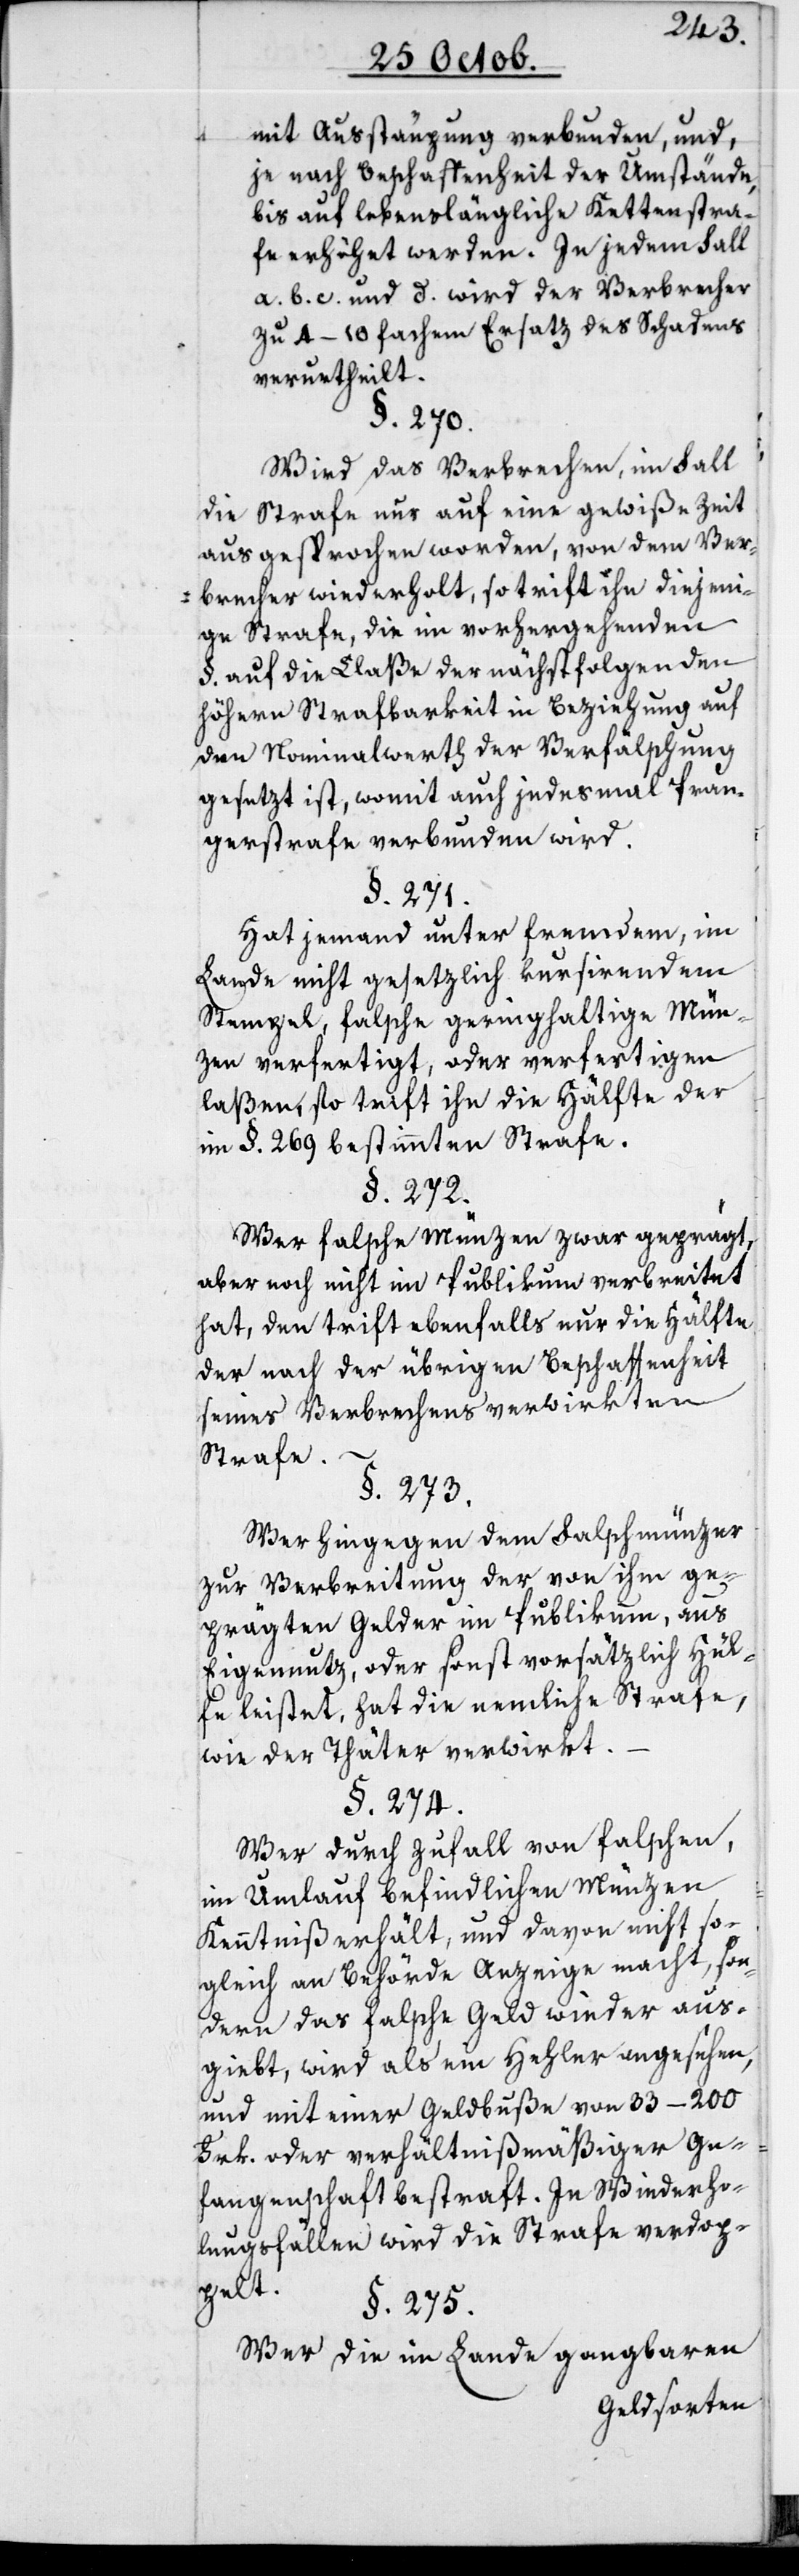
mit Ausstäupung verbunden, und
je nach Beschaffenheit der Umstände,
bis auf lebenslängliche Kettenstra¬
fe erhöhet werden. In jedem Fall
a. b. c. und d. wird der Verbrecher
zu 4–10 fachem Ersatz des Schadens
verurtheilt.
§. 270.
Wird das Verbrechen, im Fall
die Strafe nur auf eine gewiße Zeit
ausgesprochen worden, von dem Ver¬
brecher wiederholt, so trift ihn diejeni¬
ge Strafe, die im vorhergehenden
§. auf die Claße der nächstfolgenden
höhern Strafbarkeit in Beziehung auf
den Nominalwerth der Verfälschung
gesezt ist, womit auch jedes Mal Pran¬
gerstrafe verbunden wird.
§. 271.
Hat jemand unter fremden, im
Lande nicht gesetzlich kursirendem
Stempel, falsche geringhaltige Mün¬
zen verfertigt oder verfertigen
laßen, so trifft ihn die Hälfte der
im §. 269 bestimmten Strafe.
§. 272.
Wer falsche Münzen zwar geprägt,
aber noch nicht im Publikum verbreitet
hat, den trift ebenfalls nur die Hälfte
der nach der übrigen Beschaffenheit
seines Verbrechens verwirkten
Strafe.
§. 273.
Wer hingegen dem Falschmünzer
zur Verbreitung der von ihm ge¬
prägten Gelder im Publikum, aus
Eigennutz oder sonst vorsätzlich Hül¬
fe leistet, hat die nemliche Strafe,
wie der Thäter verwirkt.
§. 274.
Wer durch Zufall von falschen,
in Umlauf befindlichen Münzen
Kenntniß erhält, und davon nicht so¬
gleich an Behörde Anzeige macht, son¬
dern das falsche Geld wieder aus¬
gibt, wird als ein Hehler angesehen,
und mit einer Geldbuße von 33–200
Frk. oder verhältnißmäßiger Ge¬
fangenschaft bestraft. In Wiederho¬
lungsfällen wird die Strafe verdop¬
pelt.
§. 275.
Wer die im Lande gangbaren